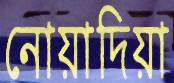
নোয়াদিয়া